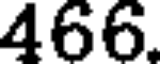
466.